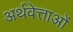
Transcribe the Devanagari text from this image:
अर्थवेत्ताओं